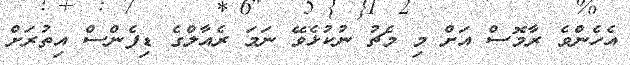
އެހެންވެ ރާމޮސް އަށް މި މެޗު ނުކުޅެވޭ ނަމަ ރެއާލްގެ ޑިފެންސް އިތުރަށް